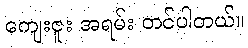
ကျေးဇူး အရမ်း တင်ပါတယ်။